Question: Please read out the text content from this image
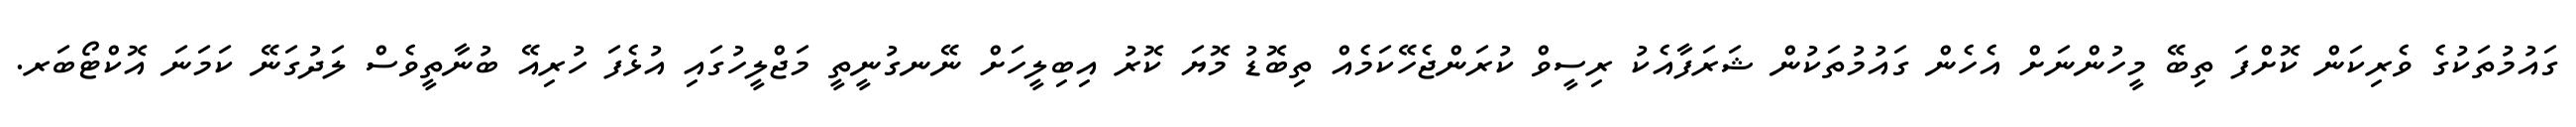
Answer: ގައުމުތަކުގެ ވެރިކަން ކޮށްފަ ތިބޭ މީހުންނަށް އެހެން ގައުމުތަކުން ޝަރަފާއެކު ރިސީވް ކުރަންޖެހޭކަމެއް ތިބޮޑު މޮޔަ ކޮރު އިބިލީހަށް ނޭނގުނީތީ މަޖްލީހުގައި އުޅެފަ ހުރިއޭ ބުނާތީވެސް ލަދުގަނޭ ކަމަނަ އޮކްޓޯބަރ.